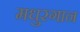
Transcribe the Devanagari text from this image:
मधुरगान